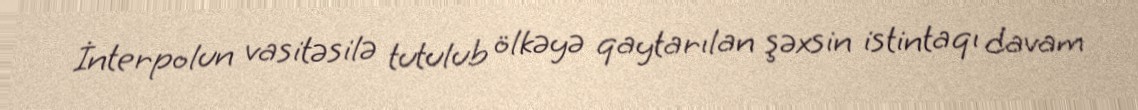
İnterpolun vasitəsilə tutulub ölkəyə qaytarılan şəxsin istintaqı davam